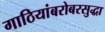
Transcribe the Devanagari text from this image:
गाठियांबरोबरसुद्धा